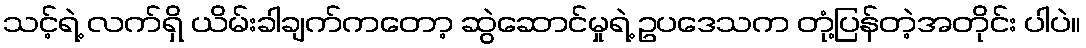
သင့်ရဲ့ လက်ရှိ ယိမ်းခါချက်ကတော့ ဆွဲဆောင်မှုရဲ့ ဥပဒေသက တုံ့ပြန်တဲ့အတိုင်း ပါပဲ။